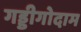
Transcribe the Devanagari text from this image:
गड्डीगोदाम